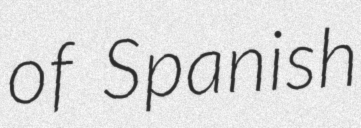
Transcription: of Spanish